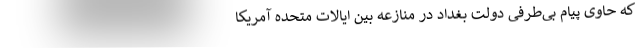
که حاوی پیام بی‌طرفی دولت بغداد در منازعه بین ایالات متحده آمریکا